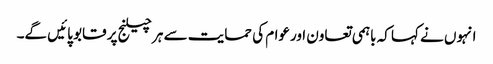
انہوں نے کہا کہ باہمی تعاون اورعوام کی حمایت سے ہر چیلنج پر قابو پائیں گے۔